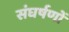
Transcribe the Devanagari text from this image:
संघर्षणों